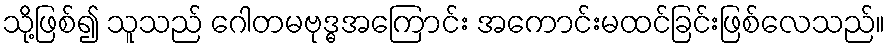
သို့ဖြစ်၍ သူသည် ဂေါတမဗုဒ္ဓအကြောင်း အကောင်းမထင်ခြင်းဖြစ်လေသည်။